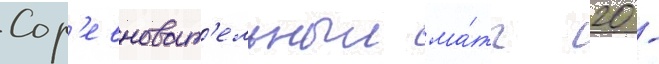
Сор'евноват'ельныи ма́тч 20 -